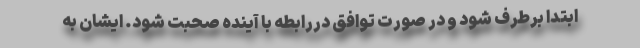
ابتدا برطرف شود و در صورت توافق دررابطه با آینده صحبت شود. ایشان به